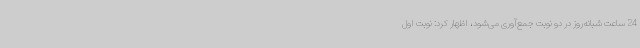
24 ساعت شبانه‌روز در دو نوبت جمع‌آوری می‌شود، اظهار کرد: نوبت اول